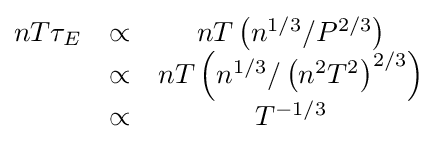
{\begin{matrix}nT\tau _{E}&\propto &nT\left(n^{1/3}/P^{2/3}\right)\\&\propto &nT\left(n^{1/3}/\left(n^{2}T^{2}\right)^{2/3}\right)\\&\propto &T^{-1/3}\\\end{matrix}}